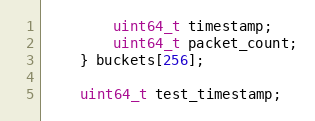
Language: C
        uint64_t timestamp;
        uint64_t packet_count;
    } buckets[256];

    uint64_t test_timestamp;